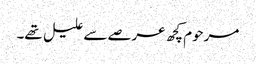
مرحوم کچھ عرصے سے علیل تھے۔